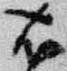
右